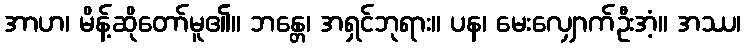
အာဟ၊ မိန့်ဆိုတော်မူ၏။ ဘန္တေ၊ အရှင်ဘုရား။ ပန၊ မေးလျှောက်ဦးအံ့။ အဿ၊